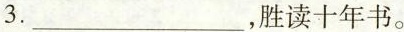
3.___，胜读十年书。